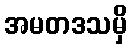
အမတဒသမှိ